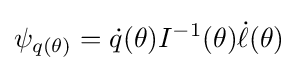
\psi _{q(\theta )}={\dot {q}}(\theta )I^{-1}(\theta ){\dot {\ell }}(\theta )